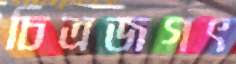
চিত্রজগৎ